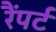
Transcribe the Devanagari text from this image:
रैंपर्ट